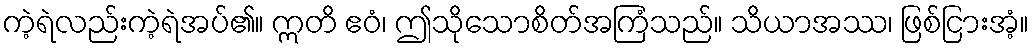
ကဲ့ရဲလည်းကဲ့ရဲအပ်၏။ ဣတိ ဧဝံ၊ ဤသိုသောစိတ်အကြံသည်။ သိယာအဿ၊ ဖြစ်ငြားအံ့။